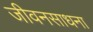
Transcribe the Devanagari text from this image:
जीवनसाधना